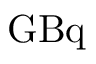
\mathrm { G B q }